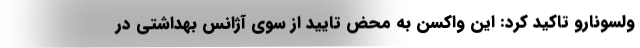
ولسونارو تاکید کرد: این واکسن به محض تایید از سوی آژانس بهداشتی در